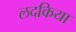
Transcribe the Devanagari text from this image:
लदकिया